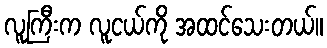
လူကြီးက လူငယ်ကို အထင်သေးတယ်။